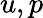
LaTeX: u,p